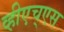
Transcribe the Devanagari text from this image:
व्हीएच्‌एस